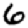
Digit: 6